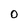
Character: O